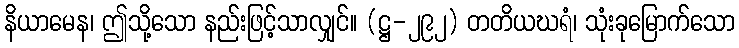
နိယာမေန၊ ဤသို့သော နည်းဖြင့်သာလျှင်။ (ဋ္ဌ-၂၉၂) တတိယဃရံ၊ သုံးခုမြောက်သော